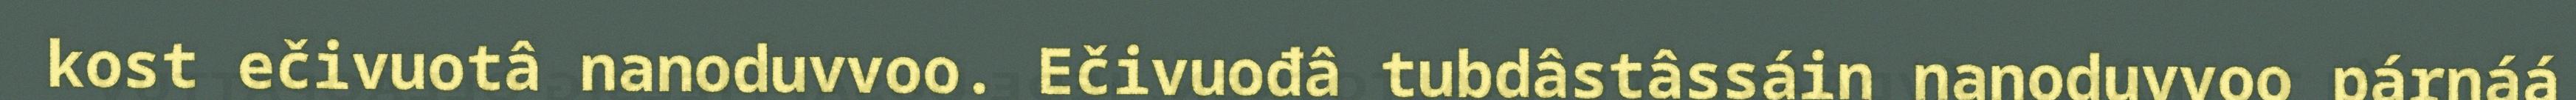
kost ečivuotâ nanoduvvoo. Ečivuođâ tubdâstâssáin nanoduvvoo párnáá